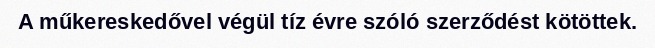
A műkereskedővel végül tíz évre szóló szerződést kötöttek.